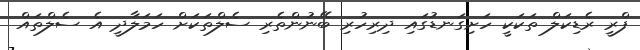
ފްރީ ރެޑިކަލް ތަކަކީ ހަށިގަނޑުގައި ދިރިހުރި ބޭނުންތެރި ސެލްތަކަށް ހަމަލާދީ އެ ސެލްތައް